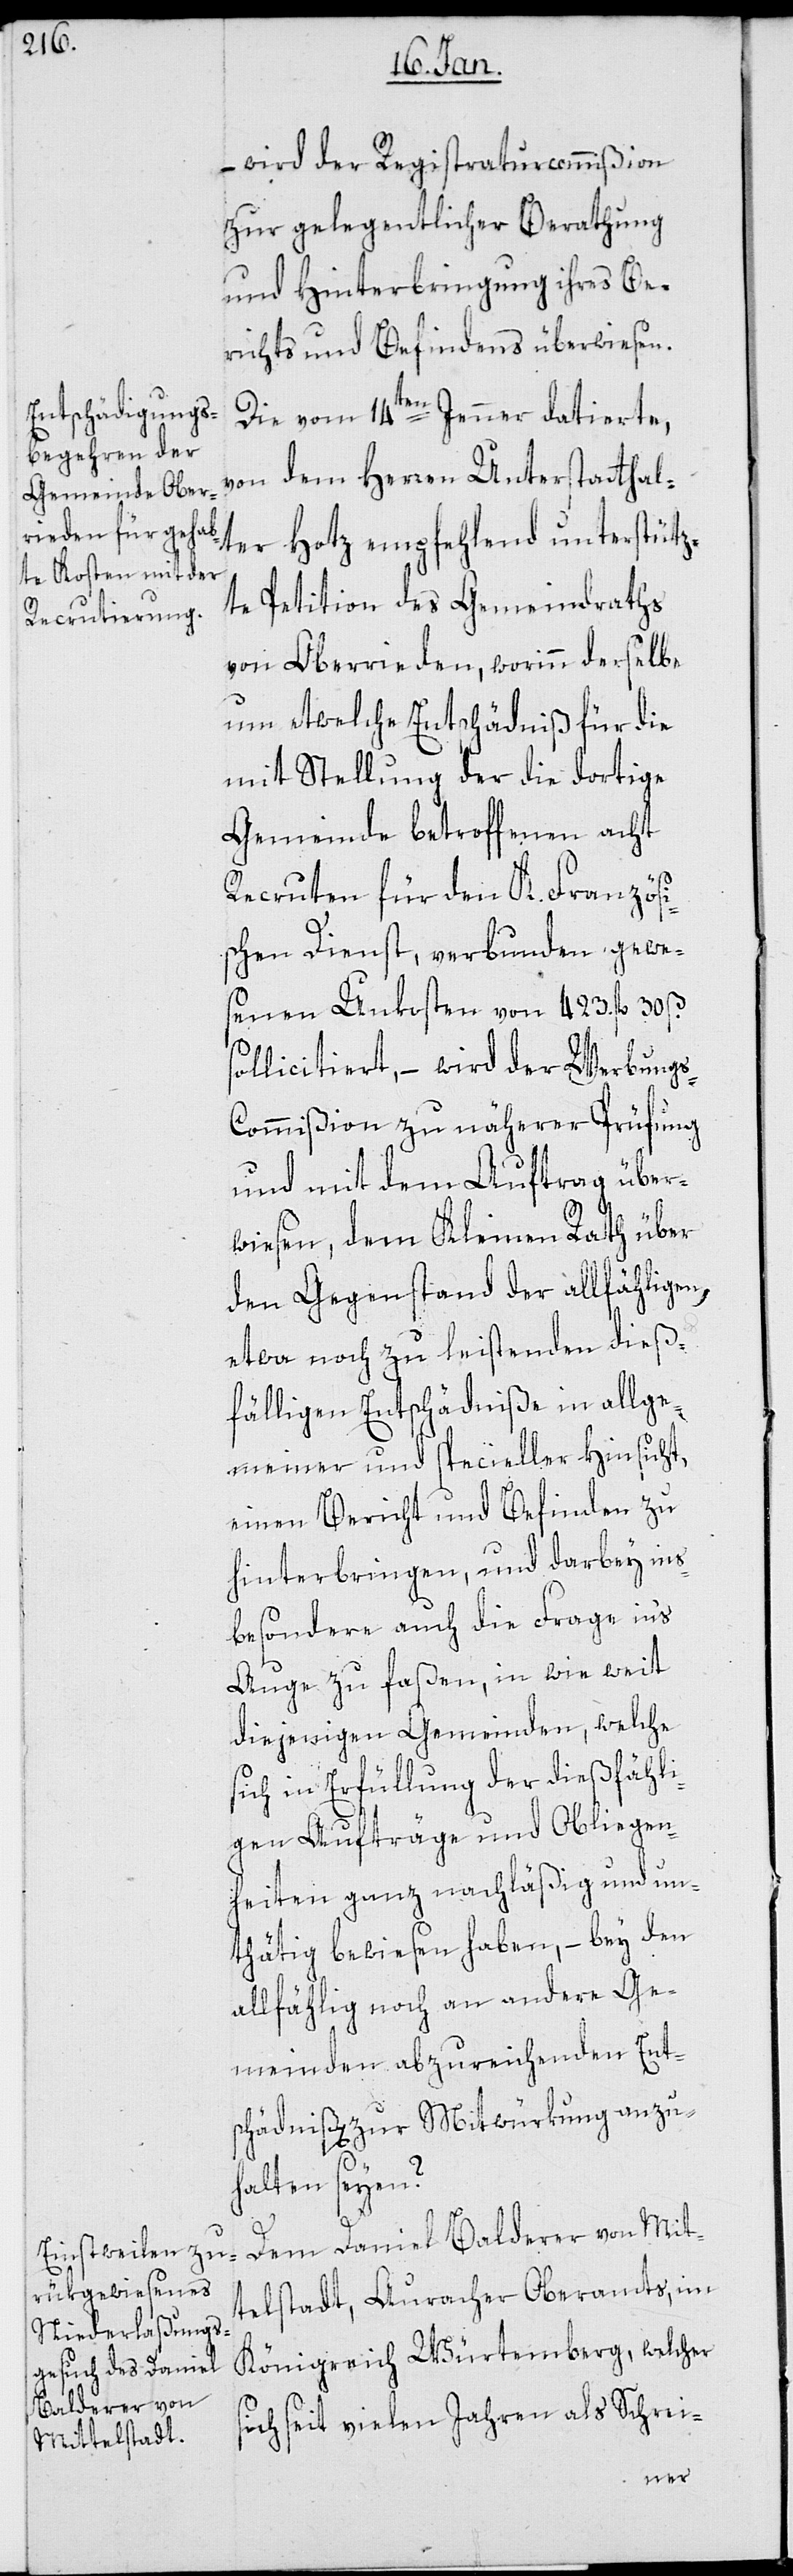
– wird der Registraturcommißion
zur gelegentlicher Berathung
und Hinterbringung ihres Be¬
richts und Befindens überwiesen.
Die vom 14ten Jenner datierte,
von dem Herren Unterstatthal¬
ter Hotz empfehlend unterstütz¬
te Petition des Gemeindraths
von Oberrieden, worinn derselbe
um etwelche Entschädniß für die
mit Stellung der die dortige
Gemeinde betroffenen acht
Recruten für den K. Französi¬
schen Dienst, verbunden gewe¬
senen Unkosten von 423. fl. 30 ß.
ollicitiert, – wird der Werbung¬
s-Commißion zu näherer Prüfung
und mit dem Auftrag über¬
s¬
wiesen, dem Kleinen Rath über
den Gegenstand der allfähligen,
etwa noch zu leistenden dieß¬
fälligen Entschädniße in allge¬
meiner und specieller Hinsicht,
einen Bericht und Befinden zu
hinterbringen, und darbey ins¬
besondere auch die Frage in’s
Auge zu faßen, in wie weit
diejenigen Gemeinden, welche
sich in Erfüllung der dießfähli¬
gen Aufträge und Obliegen¬
heiten ganz nachläßig und un¬
thätig bewiesen haben, – bey den
allfählig noch an andere Ge¬
meinden abzureichenden Ent¬
schädniß[en] zur Mitwürkung anzu¬
halten seyen?
Dem Daniel Balderer von Mit¬
telstadt, Auracher Oberamts, im
Königreich Würtemberg, welcher
sich seit vielen Jahren als Schrei-